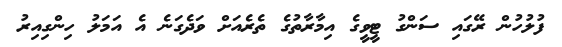
ފުލުހުން ރޭގައި ސަންގު ޓީވީގެ އިމާރާތުގެ ތެރެއަށް ވަދެގަނެ އެ އަމަލު ހިންގިއިރު